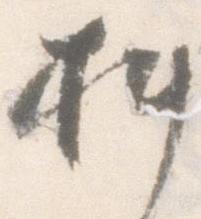
料